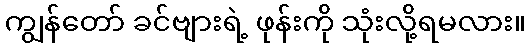
ကျွန်တော် ခင်ဗျားရဲ့ ဖုန်းကို သုံးလို့ရမလား။